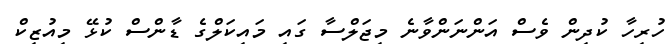
ހުރިހާ ކުދިން ވެސް އަންނަންވާނެ މިޖަލްސާ ގައި މައިކަލްގެ ޑާންސް ކުޅޭ މިއުޒިކް